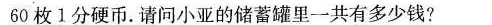
60枚1分硬币。请问小亚的储蓄罐里一共有多少钱?